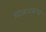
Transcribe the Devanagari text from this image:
सिद्धनाथाचा